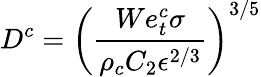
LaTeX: D^{c}=\left(\frac{We_{t}^{c}\sigma}{\rho_{c}C_{2}\epsilon^{2/3}}\right)^{3/5}